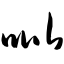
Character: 吡